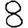
Digit: 8